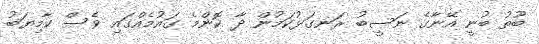
ބޫތު ބުނީ އޭނާގެ ނަސީބު ރަނގަޅުކަމުން ދާ ކޮންމެ ގައުމެއްގައި ވެސް ކާމިޔަބު